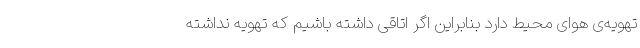
تهویه‌ی هوای محیط دارد بنابراین اگر اتاقی داشته باشیم که تهویه نداشته